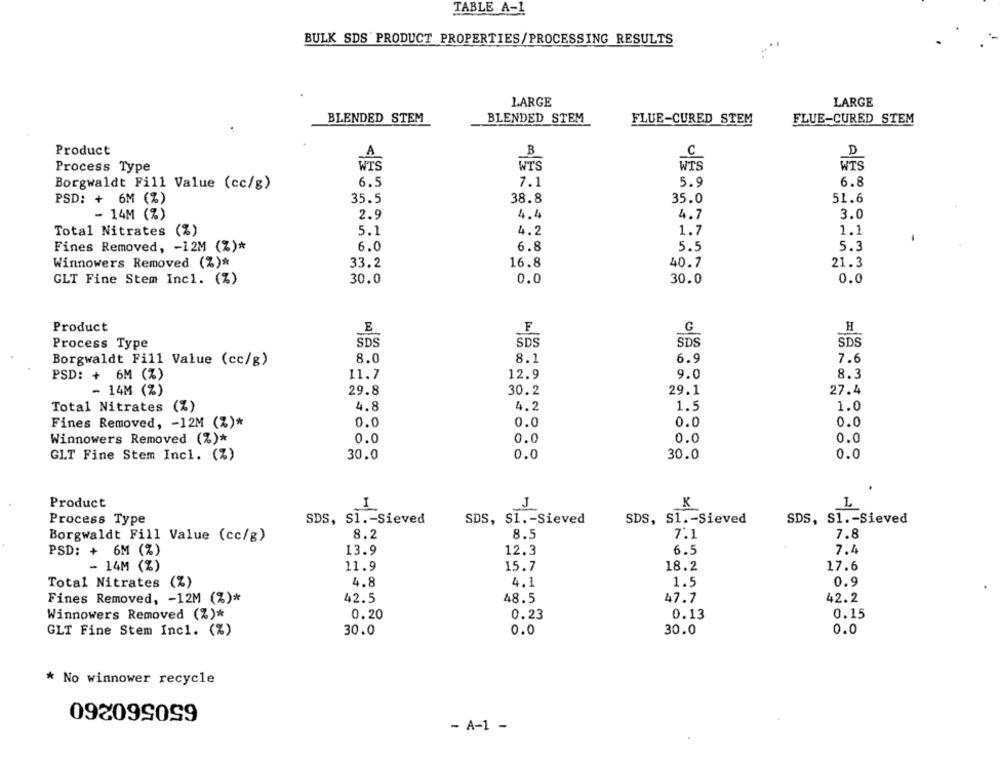
TABLE A-I
BULK SDS PRODUCT PROPERTIES/PROCESSING RESULTS
LARGE
LARGE
BLENDED STEM
BLENDED STEM
FLUE-CURED STEM
FLUE-CURED STEM
Product
B
A
C
Process Type
WTS
WTS
WTS
WTS
7.1
5.9
6.8
Borgwaldt Fill Value (cc/g)
6.5
38.8
35.0
PSD: + 6M (%)
35.5
51.6
- 14M (%)
2.9
4.4
4.7
3.0
Total Nitrates (%)
5.1
4.2
1.7
1.1
Fines Removed, - 12M (%)*
6.0
6.8
5.5
5.3
Winnowers Removed (%)*
33.2
16.8
40.7
21.3
GLT Fine Stem Incl. (%)
30.0
0.0
30.0
0.0
Product
E
F
G
H
SDS
SDS
SDS
SDS
Process Type
Borgwaldt Fill Value (cc/g)
8.0
8.1
6.9
7.6
9.0
PSD: + 6M (Z)
11.7
12.9
8.3
- 14M (%)
29.8
30.2
29.1
27.4
Total Nitrates (%)
4.8
4.2
1.5
1.0
Fines Removed, - 12M (%)*
0.0
0.0
0.0
0.0
Winnowers Removed (%)*
0.0
0.0
0.0
0.0
30.0
0.0
30.0
0.0
GLT Fine Stem Incl. (%)
Product
J
K
Process Type
SDS, S1 .- Sieved
SDS, S1 .- Sieved
SDS, S1 .- Sieved
SDS, S1 .- Sieved
Borgwaldt Fill Value (cc/g)
8.2
8.5
7.1
7.8
PSD: + 6M (%)
13.9
12.3
6.5
7.4
- 14M (%)
11.9
15.7
18.2
17.6
Total Nitrates (%)
4.8
4.1
1.5
0.9
Fines Removed, - 12M (%)*
42.5
48.5
47.7
42.2
Winnowers Removed (%)*
0.20
0.23
0.13
0.15
30.0
0.0
0.0
GLT Fine Stem Incl. (%)
30.0
* No winnower recycle
650560260
- A-1 -